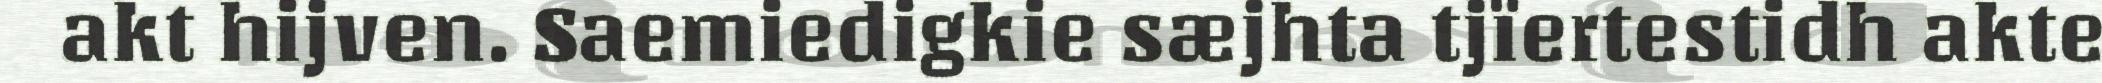
akt hijven. Saemiedigkie sæjhta tjïertestidh akte